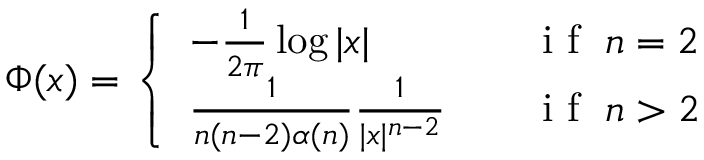
\begin{array} { r } { \Phi ( x ) = \left\{ \begin{array} { l l } { - \frac { 1 } { 2 \pi } \log | x | \quad } & { \mathrm { ~ i ~ f ~ } \; n = 2 } \\ { \frac { 1 } { n ( n - 2 ) \alpha ( n ) } \frac { 1 } { | x | ^ { n - 2 } } \quad } & { \mathrm { ~ i ~ f ~ } \; n > 2 } \end{array} \right. } \end{array}